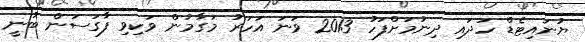
ޔުނައިޓެޑް ހަދައި ދިނުމަށްފަހު 2013 ވަނަ އަހަރު މަގާމުން ވަކިވި ފާގަސަން ބުނީ